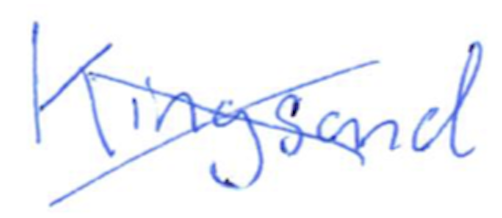
Text: Kingsand
Cross-out: cross
Writing tool: ballpoint